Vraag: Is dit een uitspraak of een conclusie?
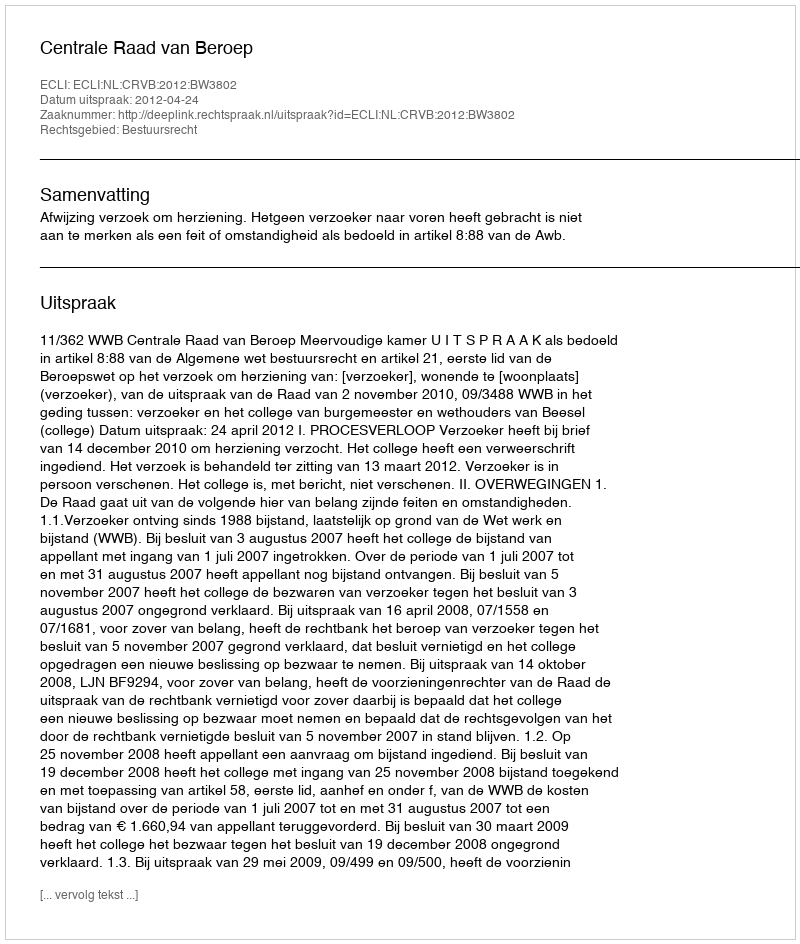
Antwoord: Uitspraak